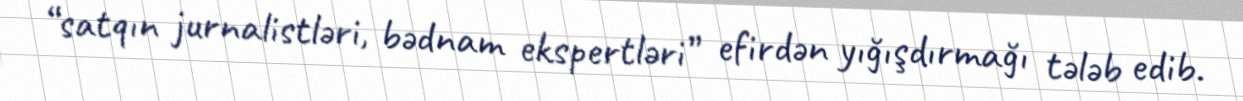
“satqın jurnalistləri, bədnam ekspertləri” efirdən yığışdırmağı tələb edib.